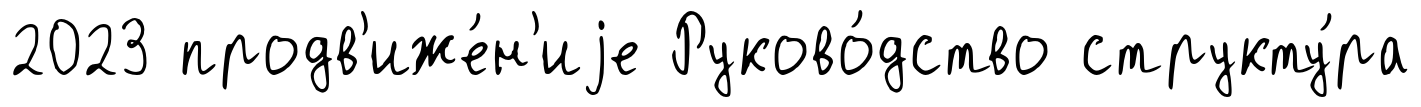
2023 продв'иже́н'иjе Руково́дство структу́ра